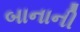
બાનાની